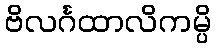
ဗိလင်္ဂထာလိကမ္ပိ